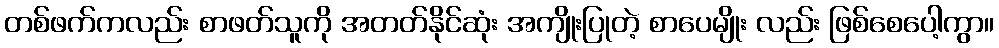
တစ်ဖက်ကလည်း စာဖတ်သူကို အတတ်နိုင်ဆုံး အကျိုးပြုတဲ့ စာပေမျိုး လည်း ဖြစ်စေပေါ့ကွာ။